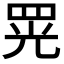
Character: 𦊫